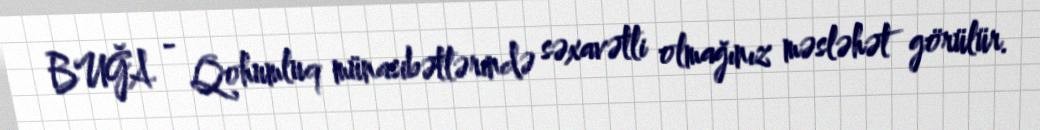
BUĞA - Qohumluq münasibətlərində səxavətli olmağınız məsləhət görülür.